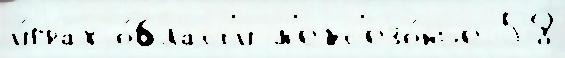
и́грах о́бласт'и м'ежс'езо́нье 58